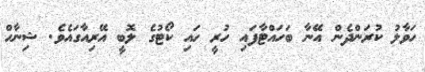
ހަވާލު ކުރަންދެން އޭނާ ބަހައްޓާފައި ހުރީ ހައި ކޯޓުގެ ލޮބީ އޭރިއާގައެވެ. ޝިނާހް